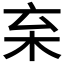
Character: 𣏋